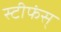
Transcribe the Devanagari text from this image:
स्टीफंस्